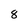
Character: 8